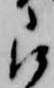
被